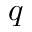
q